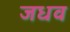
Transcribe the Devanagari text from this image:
जधव